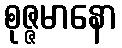
စုဇ္ဇမာနော